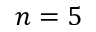
n = 5